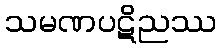
သမဏပဋိညဿ